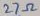
Text: 27Ω